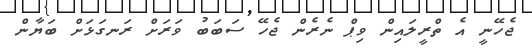
ޖެހޭނީ އެ ތްރީލައިން ވިޕް ނެރެން ޖެހޭ ސަބަބު ވަރަށް ރަނގަޅަށް ބަޔާން